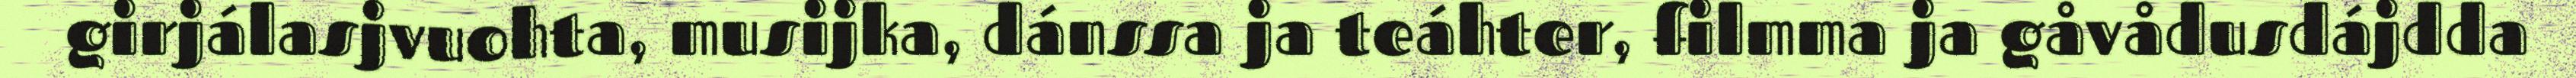
girjálasjvuohta, musijka, dánssa ja teáhter, filmma ja gåvådusdájdda